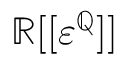
\mathbb { R } [ [ \varepsilon ^ { \mathbb { Q } } ] ]